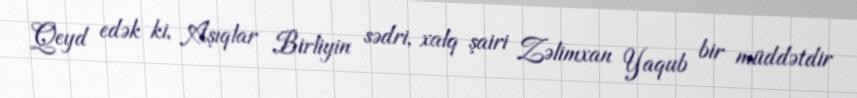
Qeyd edək ki, Aşıqlar Birliyin sədri, xalq şairi Zəlimxan Yaqub bir müddətdir